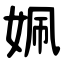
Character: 姵